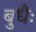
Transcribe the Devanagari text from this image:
बुधैः